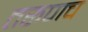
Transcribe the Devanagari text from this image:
तरूणच